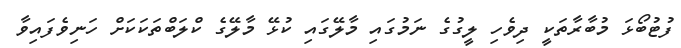
ފުޓުބޯޅަ މުބާރާތަކީ ދިވެހި ލީގުގެ ނަމުގައި މާލޭގައި ކުޅޭ މާލޭގެ ކްލަބްތަކަކަށް ހަނިވެފައިވާ